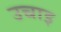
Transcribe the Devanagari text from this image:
उचाइ